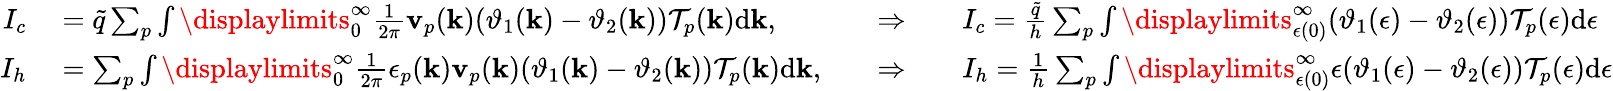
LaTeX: \begin{array}{rlrl}{I_{c}}&{{}=\tilde{q}\sum_{p}\int\displaylimits_{0}^{\infty}\frac{1}{2\pi}\mathbf v_{p}(\mathbf k)(\vartheta_{1}(\mathbf k)-\vartheta_{2}(\mathbf k))\mathcal{T}_{p}(\mathbf k)\textrm{d}\mathbf k,\quad}&{\Rightarrow\quad}&{{}I_{c}=\frac{\tilde{q}}{h}\sum_{p}\int\displaylimits_{\epsilon(0)}^{\infty}(\vartheta_{1}(\epsilon)-\vartheta_{2}(\epsilon))\mathcal{T}_{p}(\epsilon)\textrm{d}\epsilon}\\ {I_{h}}&{{}=\sum_{p}\int\displaylimits_{0}^{\infty}\frac{1}{2\pi}\epsilon_{p}(\mathbf k)\mathbf v_{p}(\mathbf k)(\vartheta_{1}(\mathbf k)-\vartheta_{2}(\mathbf k))\mathcal{T}_{p}(\mathbf k)\textrm{d}\mathbf k,\quad}&{\Rightarrow\quad}&{{}I_{h}=\frac{1}{h}\sum_{p}\int\displaylimits_{\epsilon(0)}^{\infty}\epsilon(\vartheta_{1}(\epsilon)-\vartheta_{2}(\epsilon))\mathcal{T}_{p}(\epsilon)\textrm{d}\epsilon}\end{array}